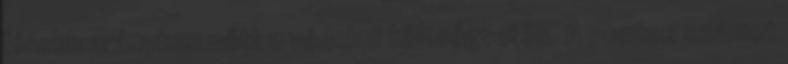
kisebb arányban nőtt a védelmi költségvetés. A pontos számot